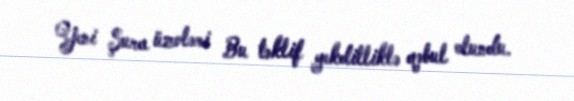
Yeni Şura üzvləri Bu təklif yekdilliklə qəbul olundu.